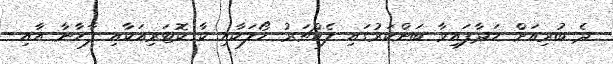
ދެ ބުރިއަށް ހަދާފައިވާ ބަންކަރުގައި ލެކްޗަރު ހޯލަކާއި ކާ ކޮޓަރިއަކާއި ފާހާނާ އާއި